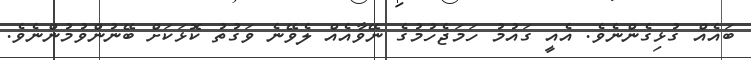
ބައެއް ގުޅިގެންނެވެ. އެއީ ގައުމު ހަމަޖެހުމުގެ ނޭވާއެއް ލެވޭނެ ވަގުތު ކޮޅަކަށް ބޭނުންވުމުންނެވެ.